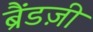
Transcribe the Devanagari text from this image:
ब्रैंडज़ी